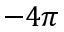
- 4 \pi